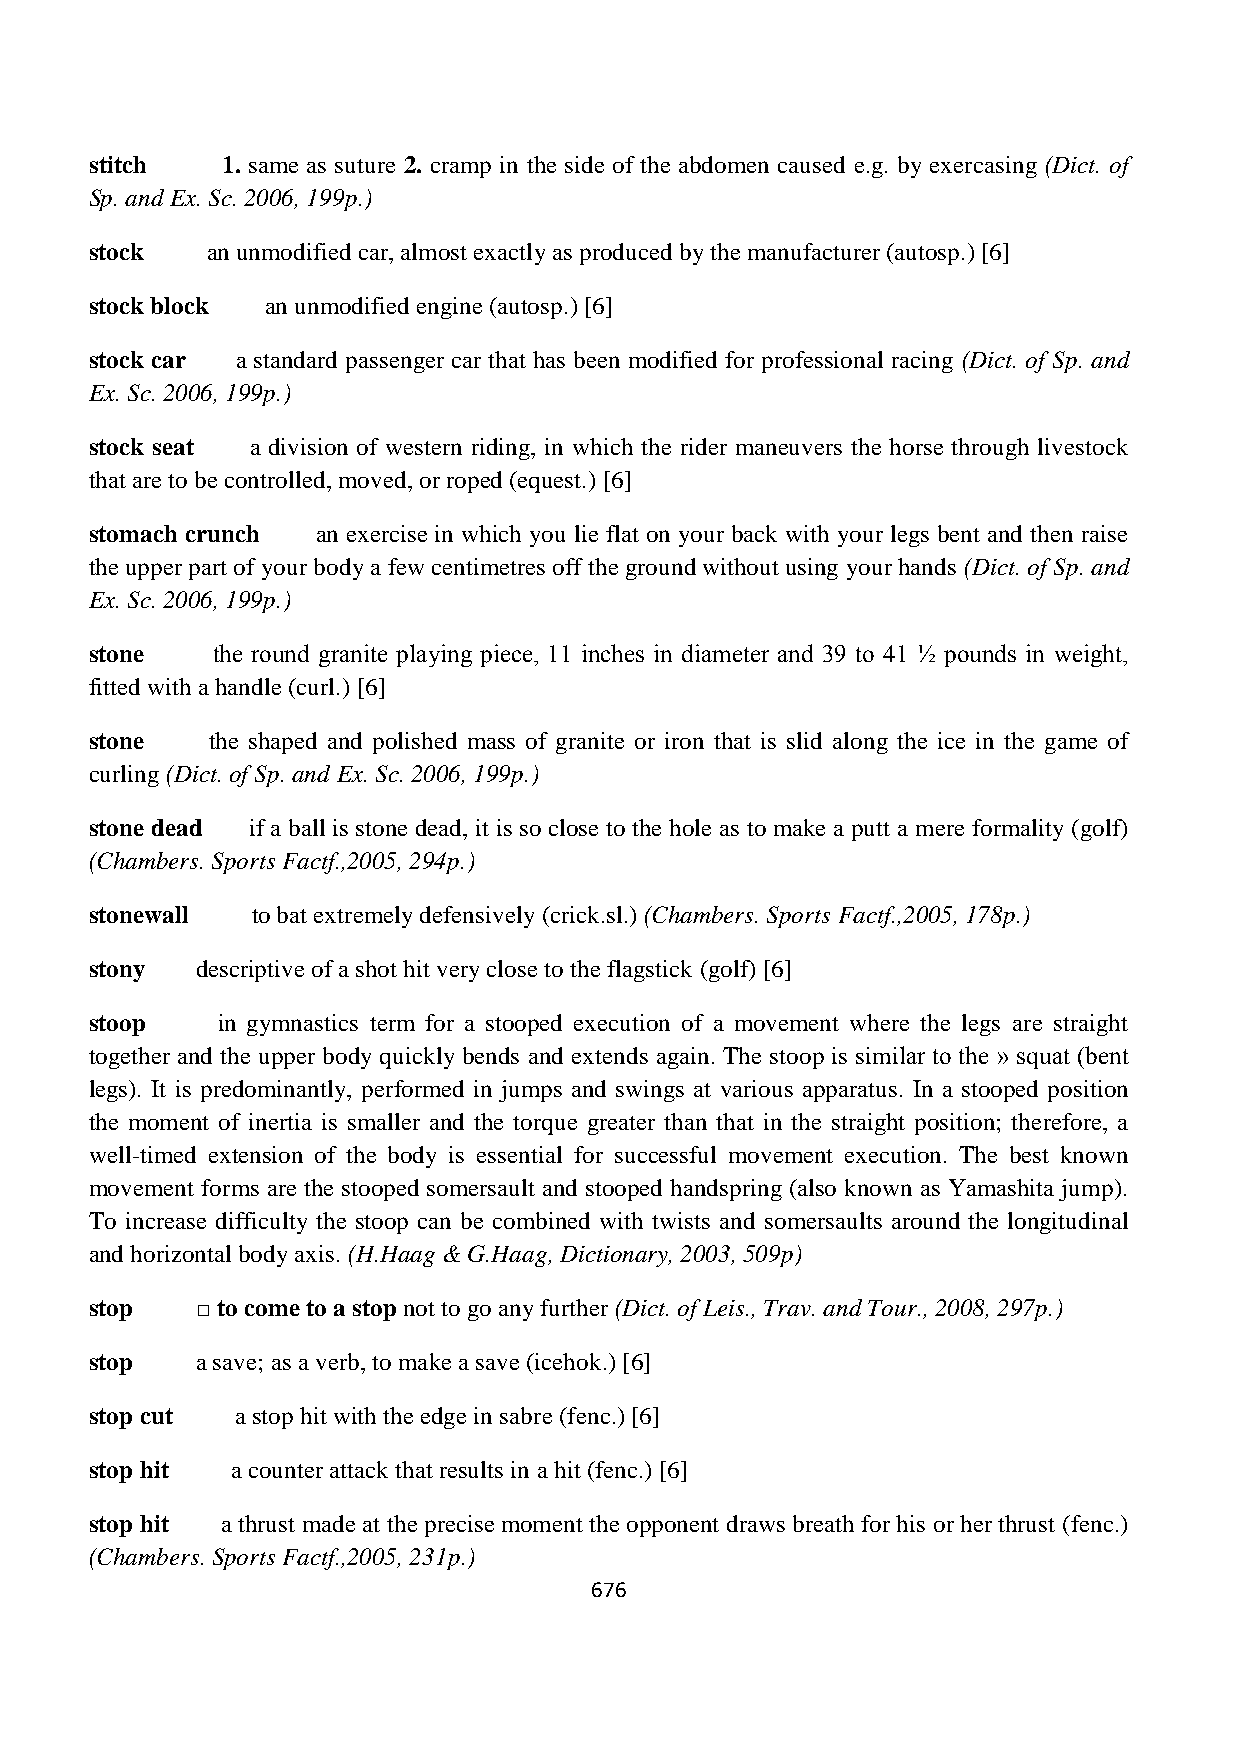
stitch   1. same as suture 2. cramp in the side of the abdomen caused e.g. by exercasing (Dict. of
 Sp. and Ex. Sc. 2006, 199p.)
 stock   an unmodified car, almost exactly as produced by the manufacturer (autosp.) [6]
 stock block an unmodified engine (autosp.) [6]
 stock car a standard passenger car that has been modified for professional racing (Dict. of Sp. and
 Ex. Sc. 2006, 199p.)
 stock seat a division of western riding, in which the rider maneuvers the horse through livestock
 that are to be controlled, moved, or roped (equest.) [6]
 stomach crunch an exercise in which you lie flat on your back with your legs bent and then raise
 the upper part of your body a few centimetres off the ground without using your hands (Dict. of Sp. and
 Ex. Sc. 2006, 199p.)
 stone   the round granite playing piece, 11 inches in diameter and 39 to 41 ½ pounds in weight,
 fitted with a handle (curl.) [6]
 stone   the shaped and polished mass of granite or iron that is slid along the ice in the game of
 curling (Dict. of Sp. and Ex. Sc. 2006, 199p.)
 stone dead if a ball is stone dead, it is so close to the hole as to make a putt a mere formality (golf)
 (Chambers. Sports Factf.,2005, 294p.)
 stonewall  to bat extremely defensively (crick.sl.) (Chambers. Sports Factf.,2005, 178p.)
 stony  descriptive of a shot hit very close to the flagstick (golf) [6]
 stoop   in gymnastics term for a stooped execution of a movement where the legs are straight
 together and the upper body quickly bends and extends again. The stoop is similar to the » squat (bent
 legs). It is predominantly, performed in jumps and swings at various apparatus. In a stooped position
 the moment of inertia is smaller and the torque greater than that in the straight position; therefore, a
 well-timed extension of the body is essential for successful movement execution. The best known
 movement forms are the stooped somersault and stooped handspring (also known as Yamashita jump).
 To increase difficulty the stoop can be combined with twists and somersaults around the longitudinal
 and horizontal body axis. (H.Haag & G.Haag, Dictionary, 2003, 509p)
 stop   □ to come to a stop not to go any further (Dict. of Leis., Trav. and Tour., 2008, 297p.)
 stop   a save; as a verb, to make a save (icehok.) [6]
 stop cut  a stop hit with the edge in sabre (fenc.) [6]
 stop hit a counter attack that results in a hit (fenc.) [6]
 stop hit a thrust made at the precise moment the opponent draws breath for his or her thrust (fenc.)
 (Chambers. Sports Factf.,2005, 231p.)
 676